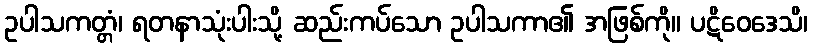
ဥပါသကတ္တံ၊ ရတနာသုံးပါးသို့ ဆည်းကပ်သော ဥပါသကာ၏ အဖြစ်ကို။ ပဋိဝေဒေသိ၊